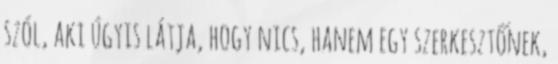
szól, aki úgyis látja, hogy nics, hanem egy szerkesztőnek,